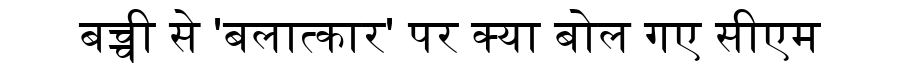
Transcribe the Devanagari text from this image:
बच्ची से 'बलात्कार' पर क्या बोल गए सीएम